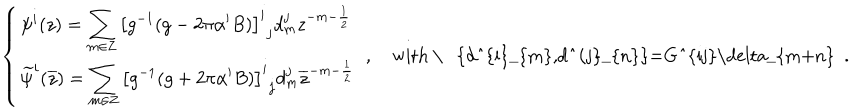
LaTeX: \left\{ \begin{array} { l } { { \displaystyle \psi ^ { i } ( z ) = \sum _ { m \in { \bf Z } } { \left[ g ^ { - 1 } ( g - 2 \pi \alpha ^ { \prime } B ) \right] ^ { i } } _ { j } d _ { m } ^ { j } z ^ { - m - \frac { 1 } { 2 } } } } \\ { { \displaystyle \widetilde { \psi } ^ { i } ( \overline { { { z } } } ) = \sum _ { m \in { \bf Z } } { \left[ g ^ { - 1 } ( g + 2 \pi \alpha ^ { \prime } B ) \right] ^ { i } } _ { j } d _ { m } ^ { j } \overline { { { z } } } ^ { - m - \frac { 1 } { 2 } } } } \\ \end{array} \right. ~ , \quad \mathrm { w i t h ~ \ ~ \{ d _ { m } ^ { i } , d _ { n } ^ { j } \} = G ^ { i j } \ d e l t a _ { m + n } ~ } ~ .